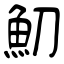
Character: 魛